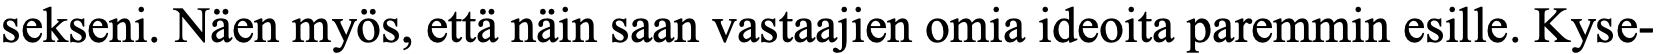
sekseni. Näen myös, että näin saan vastaajien omia ideoita paremmin esille. Kyse-